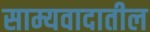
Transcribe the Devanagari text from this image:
साम्यवादातील